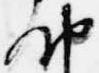
納